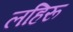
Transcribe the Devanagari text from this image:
लहिरू